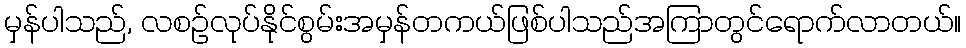
မှန်ပါသည်, လစဉ်လုပ်နိုင်စွမ်းအမှန်တကယ်ဖြစ်ပါသည်အကြာတွင်ရောက်လာတယ်။